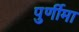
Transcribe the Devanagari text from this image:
पुर्णीमा